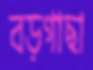
বড়গাছা